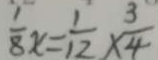
\frac { 1 } { 8 } x = \frac { 1 } { 1 2 } \times \frac { 3 } { 4 }